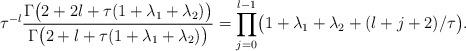
LaTeX: \begin{align*}\tau^{-l} \frac{\Gamma\bigl(2+2l+\tau(1+\lambda_1+\lambda_2)\bigr)}{\Gamma\bigl(2+l+\tau(1+\lambda_1+\lambda_2)\bigr)} =\prod\limits_{j=0}^{l-1}\bigl(1+\lambda_1+\lambda_2+(l+j+2)/\tau\bigr).\end{align*}